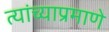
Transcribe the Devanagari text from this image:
त्यांच्याप्रमाणे